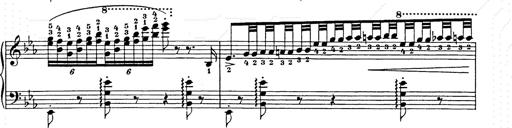
Title: Hungarian Rhapsody No.9
Composer: Franz Liszt
Key: E-flat major